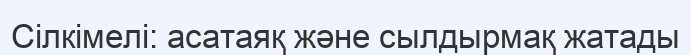
Сілкімелі: асатаяқ және сылдырмақ жатады